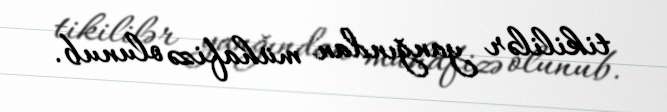
tikililər yanğından mühafizə olunub.